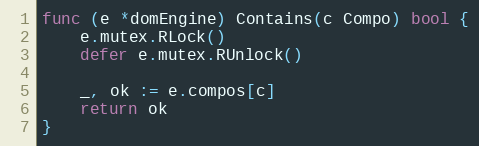
Language: Go
func (e *domEngine) Contains(c Compo) bool {
	e.mutex.RLock()
	defer e.mutex.RUnlock()

	_, ok := e.compos[c]
	return ok
}